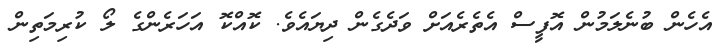
އެހެން ބުނެލަމުން އޮފީސް އެތެރެއަށް ވަދެގެން ދިޔައެވެ. ކޮއްކޮ އަހަރެންގެ ލޯ ކުރިމަތިން